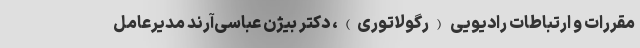
مقررات و ارتباطات رادیویی (رگولاتوری)، دکتر بیژن عباسی‌آرند مدیرعامل